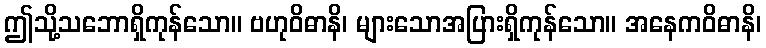
ဤသို့သဘောရှိကုန်သော။ ဗဟုဝိဓာနိ၊ များသောအပြားရှိကုန်သော။ အနေကဝိဓာနိ၊